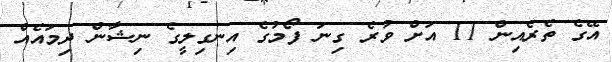
އޭގެ ތެރެއިން 11 އަށް ވުރެ ގިނަ ފޯމުގެ އިނގިލީގެ ނިޝާން ދިމައެއް